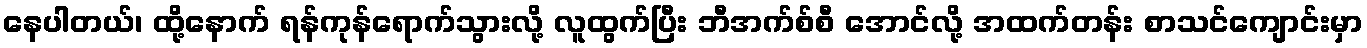
နေပါတယ်၊ ထို့နောက် ရန်ကုန်ရောက်သွားလို့ လူထွက်ပြီး ဘီအက်စ်စီ အောင်လို့ အထက်တန်း စာသင်ကျောင်းမှာ